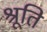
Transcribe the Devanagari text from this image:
श्रूति